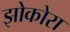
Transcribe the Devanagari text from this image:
झोकोरा